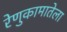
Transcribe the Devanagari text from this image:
रेणुकामातेला